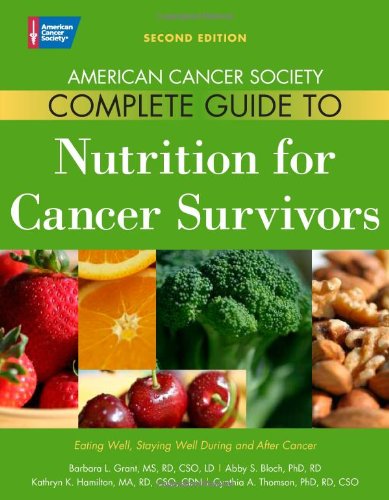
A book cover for American Cancer Society Complete Guide to Nutrition for Cancer Survivors: Eating Well, Staying Well During and After Cancer; Cookbooks, Food & Wine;